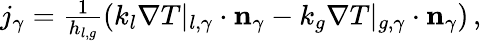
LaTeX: \begin{array}{r}{j_{\gamma}=\frac{1}{h_{l,g}}\left(k_{l}\nabla T|_{l,\gamma}\cdot\mathbf{n}_{\gamma}-k_{g}\nabla T|_{g,\gamma}\cdot\mathbf{n}_{\gamma}\right)\, ,}\end{array}